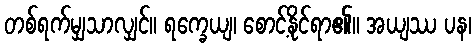
တစ်ရက်မျှသာလျှင်။ ရက္ခေယျ၊ စောင့်နိုင်ရာ၏။ အယျဿ ပန၊